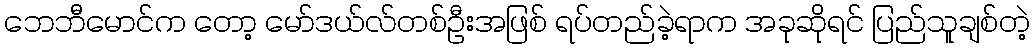
ဘေဘီမောင်က တော့ မော်ဒယ်လ်တစ်ဦးအဖြစ် ရပ်တည်ခဲ့ရာက အခုဆိုရင် ပြည်သူချစ်တဲ့